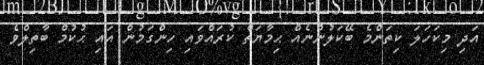
އަދި މިކަހަލަ ކިތަންމެ ބޭކަލުންނެއް ޙިމާޔަތް ކުރައްވައި ހިންގަމުން އައި ޙުކުމް ބާތިލްވެ